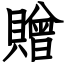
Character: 贈